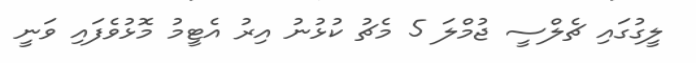
ލީގުގައި ޗެލްސީ ޖުމްލަ 5 މެޗު ކުޅުނު އިރު އެޓީމު މޮޅުވެފައި ވަނީ